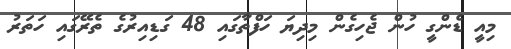
މިއީ ޑެންގީ ހުން ޖެހިގެން މިދިޔަ ހަފްތާގައި 48 ގަޑިއިރުގެ ތެރޭގައި ހަތަރު